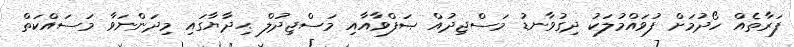
ފަރާތެއް ހޯދުމަށް ފުވައްމުލަކު ދިގުވާނޑު މަސްޖިދުއް ޞަފްވާއާއި މަސްޖިދުލް ޙިދާޔާގައި މިދަންނަވާ މަސައްކަތް